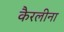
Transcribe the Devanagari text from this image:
कैरलीना